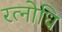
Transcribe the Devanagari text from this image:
रत्नोधि